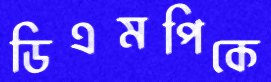
ডিএমপিকে